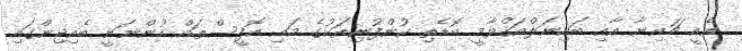
އެއީ ޗައިނާ އާއި ބައިނަލްއަޤްވާމީ ބޮޑެތި ކުންފުނިތަކުގެ މައި އޮފީސްތައް ހުންނަނީ ބެއިޖިންގައި